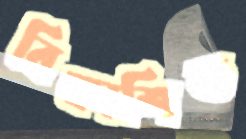
বিকাশিত